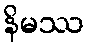
နိမဿ